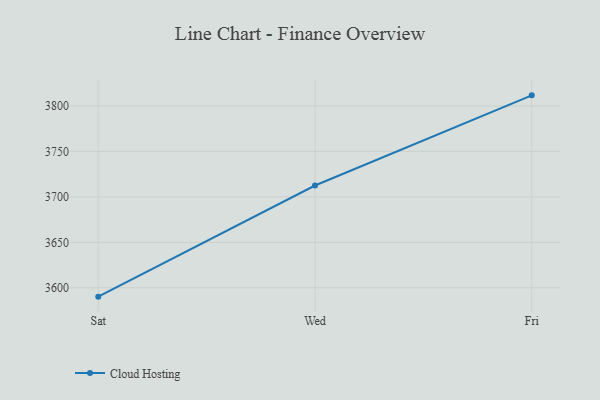
{"axis": {"x": "Day", "y": "Net Income (USD K)"}, "legend": ["Cloud Hosting"], "data": [{"x": "Sat", "y": 3590.2, "type": "Cloud Hosting"}, {"x": "Wed", "y": 3712.5, "type": "Cloud Hosting"}, {"x": "Fri", "y": 3811.7, "type": "Cloud Hosting"}]}